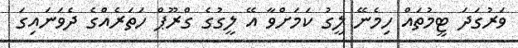
ވަރުގަދަ ޓީމުތައް ހިމެނޭ ލީގު ކަމަށްވާ އޭ ލީގުގެ ގްރޫޕް ހަތަރެއްގެ ދެވަނައިގަ